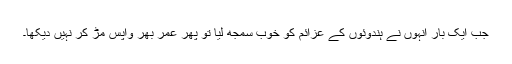
جب ایک بار انہوں نے ہندوئوں کے عزائم کو خوب سمجھ لیا تو پھر عمر بھر واپس مڑ کر نہیں دیکھا۔